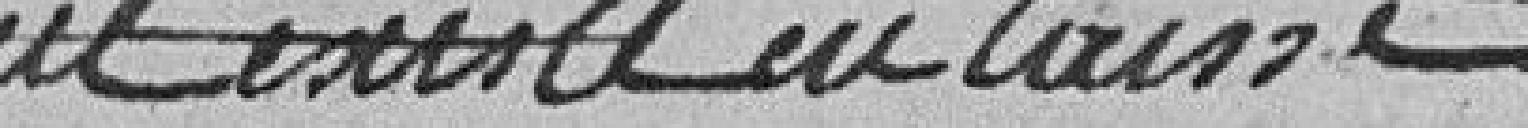
qu'il existe une caisse